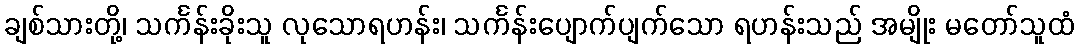
ချစ်သားတို့၊ သင်္ကန်းခိုးသူ လုသောရဟန်း၊ သင်္ကန်းပျောက်ပျက်သော ရဟန်းသည် အမျိုး မတော်သူထံ